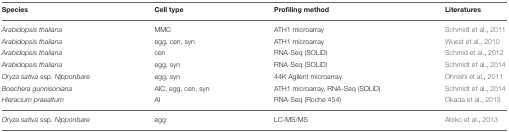
<table><thead><tr><td><b>Species</b></td><td><b>Cell type</b></td><td><b>Profiling method</b></td><td><b>Literatures</b></td></tr></thead><tbody><tr><td><i>Arabidopsis thaliana</i></td><td>MMC</td><td>ATH1 microarray</td><td>Schmidt et al., 2011</td></tr><tr><td><i>Arabidopsis thaliana</i></td><td>egg, cen, syn</td><td>ATH1 microarray</td><td>Wuest et al., 2010</td></tr><tr><td><i>Arabidopsis thaliana</i></td><td>cen</td><td>RNA-Seq (SOLiD)</td><td>Schmid et al., 2012</td></tr><tr><td><i>Arabidopsis thaliana</i></td><td>egg, syn</td><td>RNA-Seq (SOLiD)</td><td>Schmidt et al., 2014</td></tr><tr><td><i>Oryza sativa</i> ssp. <i>Nipponbare</i></td><td>egg, syn</td><td>44K Agilent microarray</td><td>Ohnishi et al., 2011</td></tr><tr><td><i>Boechera gunnisoniana</i></td><td>AIC, egg, cen, syn</td><td>ATH1 microarray, RNA-Seq (SOLiD)</td><td>Schmidt et al., 2014</td></tr><tr><td><i>Hieracium praealtum</i></td><td>AI</td><td>RNA-Seq (Roche 454)</td><td>Okada et al., 2013</td></tr><tr><td><i>Oryza sativa</i> ssp. <i>Nipponbare</i></td><td>egg</td><td>LC-MS/MS</td><td>Abiko et al., 2013</td></tr></tbody></table>